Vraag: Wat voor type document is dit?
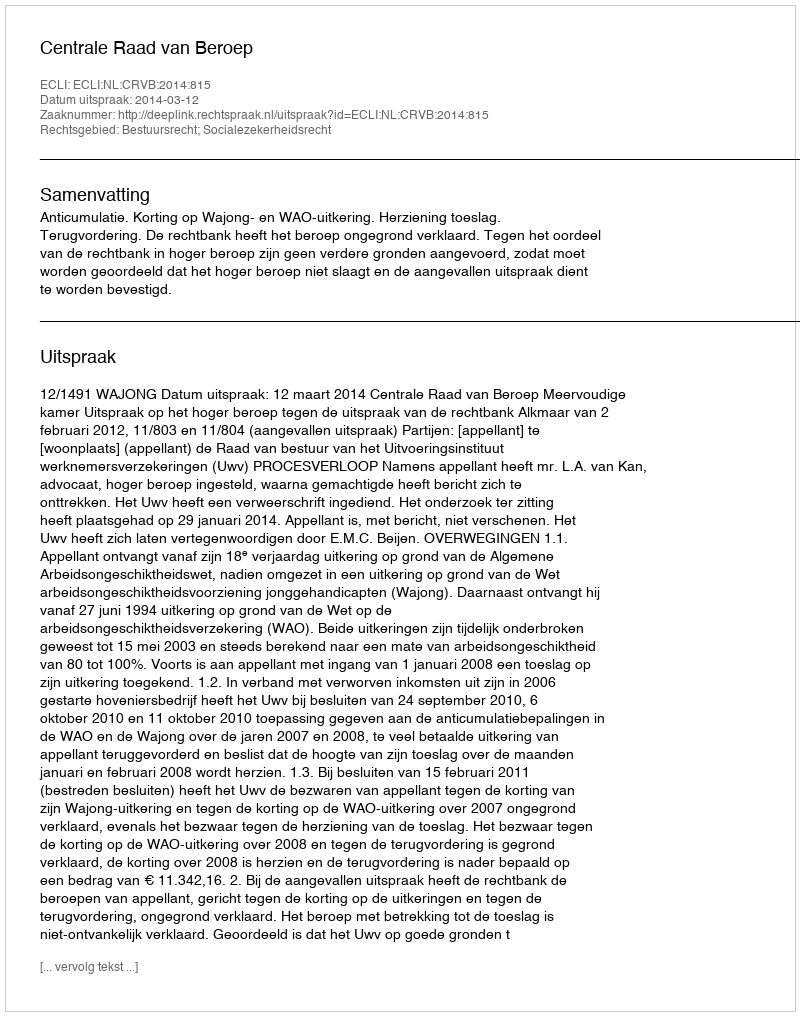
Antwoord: Uitspraak